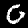
Label: 0